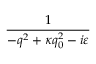
\frac { 1 } { - q ^ { 2 } + \kappa q _ { 0 } ^ { 2 } - i \varepsilon }